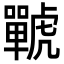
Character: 𧈍